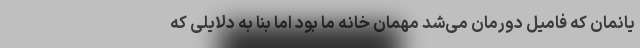
یانمان که فامیل دورمان می‌شد مهمان خانه ما بود اما بنا به دلایلی که